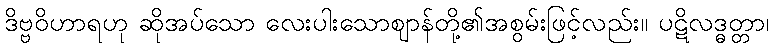
ဒိဗ္ဗဝိဟာရဟု ဆိုအပ်သော လေးပါးသောဈာန်တို့၏အစွမ်းဖြင့်လည်း။ ပဋိလဒ္ဓတ္တာ၊